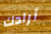
أرادك